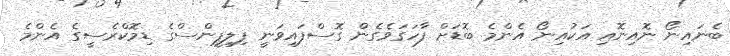
ބެނައިނޯ ނޮއިނޮއި އަކުއިނޯ އެންމެ ބޮޑަށް ފާހަގަވެގެން ގޮސްފައިވަނީ ފިލިޕީންސްގެ ޑިމޮކްރެސީގެ އެންމެ